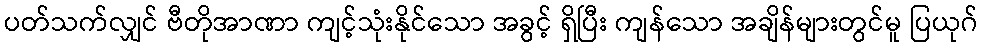
ပတ်သက်လျှင် ဗီတိုအာဏာ ကျင့်သုံးနိုင်သော အခွင့် ရှိပြီး ကျန်သော အချိန်များတွင်မူ ပြယုဂ်